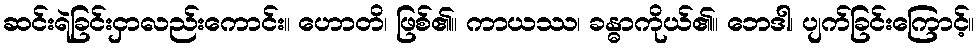
ဆင်းရဲခြင်းငှာလည်းကောင်း။ ဟောတိ၊ ဖြစ်၏။ ကာယဿ၊ ခန္ဓာကိုယ်၏။ ဘေဒါ၊ ပျက်ခြင်းကြောင့်။